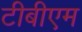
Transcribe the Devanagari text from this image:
टीबीएम